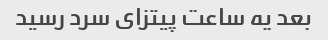
بعد یه ساعت پیتزای سرد رسید